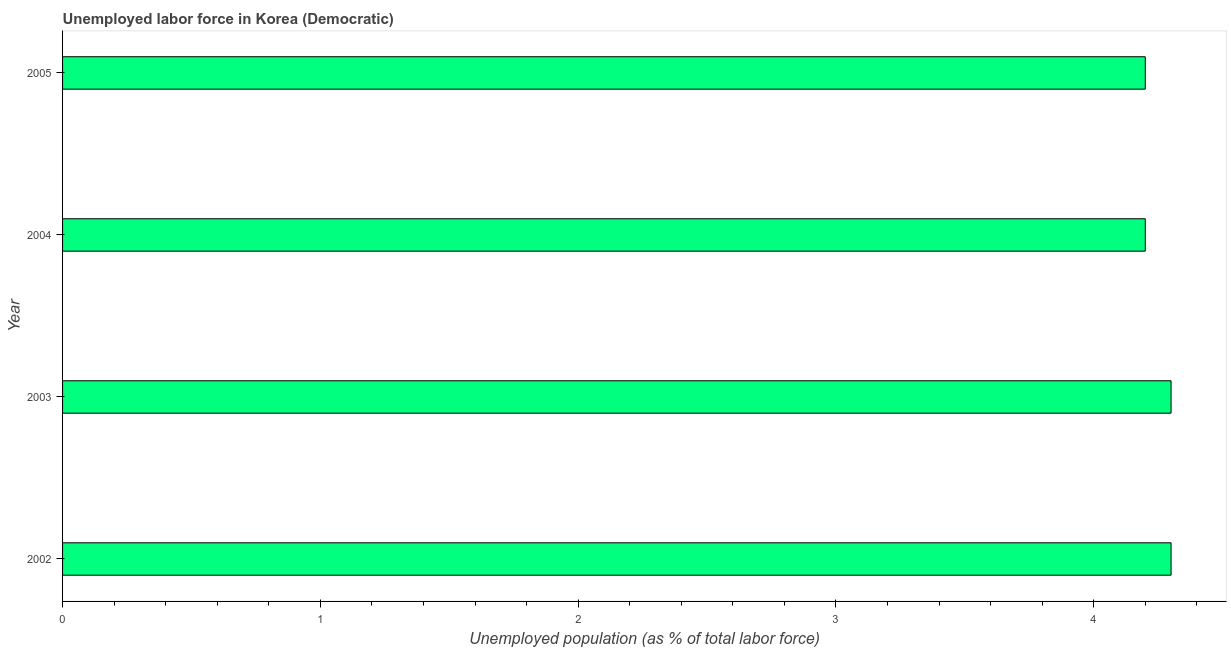
| Year | Unemployment |
 | --- | --- |
 | 2002 | 4.3 |
 | 2003 | 4.3 |
 | 2004 | 4.2 |
 | 2005 | 4.2 |